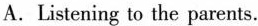
A. Listening to the parents.